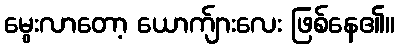
မွေးလာတော့ ယောက်ျားလေး ဖြစ်နေ၏။